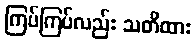
ကြပ်ကြပ်လည်း သတိထား